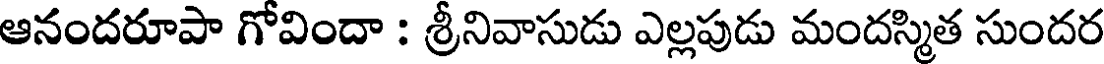
ఆనందరూపా గోవిందా : శ్రీనివాసుడు ఎల్లపుడు మందస్మిత సుందర